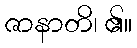
ဇာနာတိ၊ ၏။